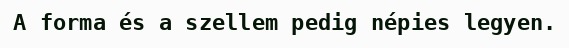
A forma és a szellem pedig népies legyen.